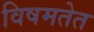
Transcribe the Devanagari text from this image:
विषमतेत